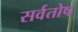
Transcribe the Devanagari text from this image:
सर्वतोष